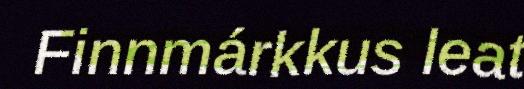
Finnmárkkus leat